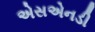
એસએનડી